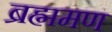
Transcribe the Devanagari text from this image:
ब्रह्ममण